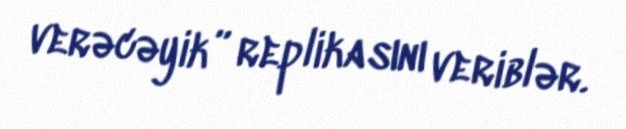
verəcəyik” replikasını veriblər.